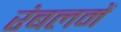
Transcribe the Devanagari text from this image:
रंबलमें